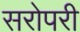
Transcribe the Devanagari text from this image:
सरोपरी